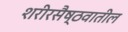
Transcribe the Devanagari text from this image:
शरीरसैष्ठवातील